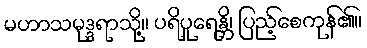
မဟာသမုဒ္ဒရာသို့။ ပရိပူရေန္တိ၊ ပြည့်စေကုန်၏။